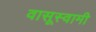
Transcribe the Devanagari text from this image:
वासूस्वामी